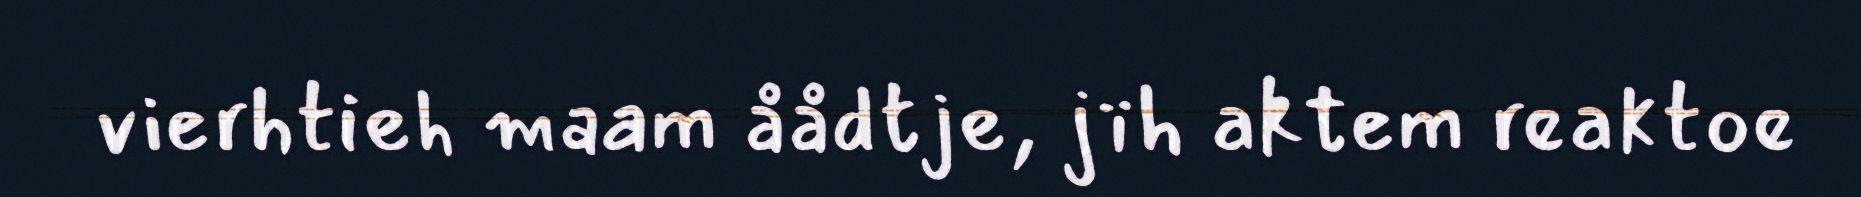
vierhtieh maam åådtje, jïh aktem reaktoe